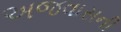
અજવાસની